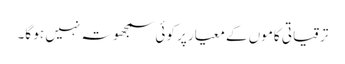
ترقیاتی کاموں کے معیار پر کوئی سمجھوتہ نہیں ہو گا۔